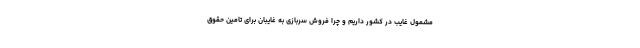
مشمول غایب در کشور داریم و چرا فروش سربازی به غایبان برای تامین حقوق